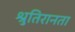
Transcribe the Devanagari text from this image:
श्रुतिरानता